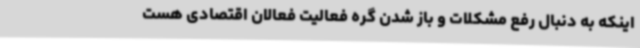
اینکه به دنبال رفع مشکلات و باز شدن گره فعالیت فعالان اقتصادی هست